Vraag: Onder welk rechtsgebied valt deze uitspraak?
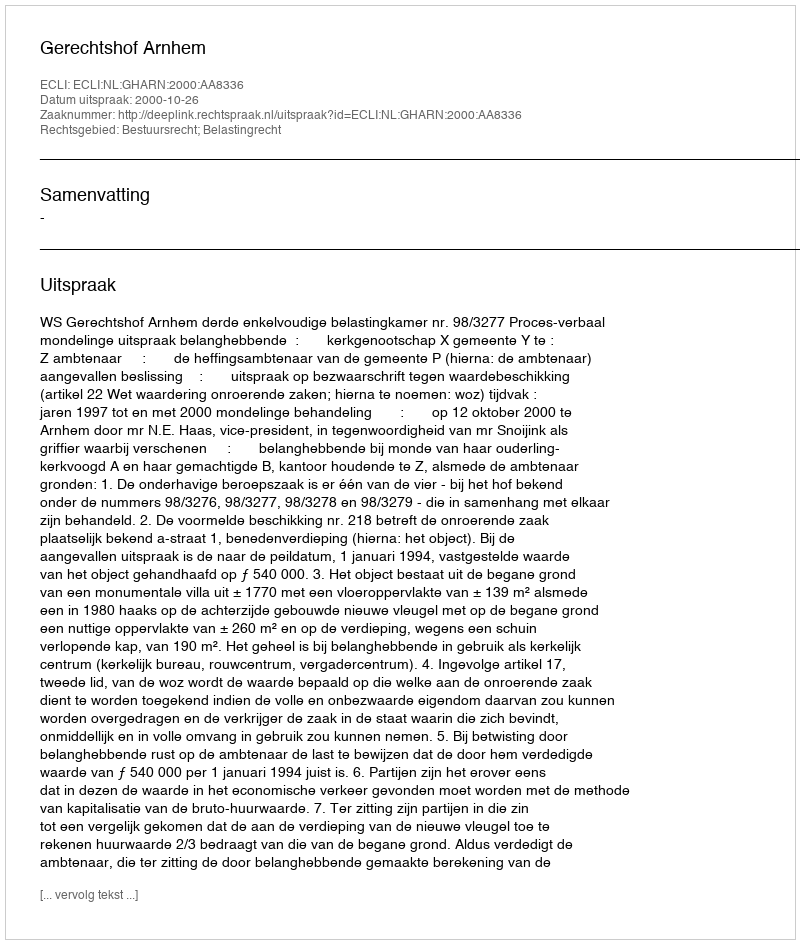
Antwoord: Bestuursrecht; Belastingrecht